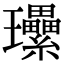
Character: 𤫤